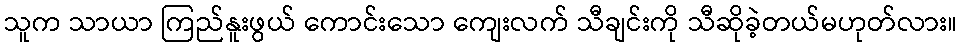
သူက သာယာ ကြည်နူးဖွယ် ကောင်းသော ကျေးလက် သီချင်းကို သီဆိုခဲ့တယ်မဟုတ်လား။